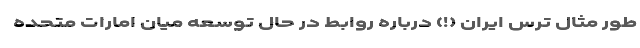
طور مثال ترس ایران (!) درباره روابط در حال توسعه میان امارات متحده